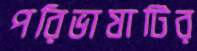
পরিভাষাটির